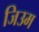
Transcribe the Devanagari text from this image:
जिउम